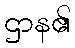
ဌာန၏